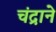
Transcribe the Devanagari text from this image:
चंद्राने